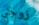
زوجى